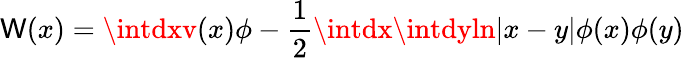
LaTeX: \mathsf{W}(x)=\intdxv(x)\phi-{\frac{{1}}{{2}}}\intdx\intdyln|x-y|\phi(x)\phi(y)